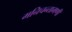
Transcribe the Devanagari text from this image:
मनिचन्तामणी